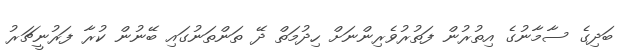
ބަދިގެ ސާމާނުގެ އިތުރުން ފަތުރުވެރިންނަށް ހިދުމަތް ދޭ ތަންތަނުގައި ބޭނުން ކުރާ ފަރުނީޗަރު